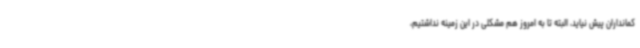
کمانداران پیش نیاید، البته تا به امروز هم مشکلی در این زمینه نداشتیم،